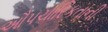
ઔપચારિકતાની